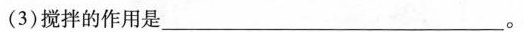
(3)搅拌的作用是______。